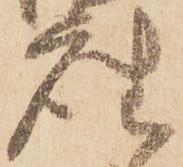
座